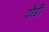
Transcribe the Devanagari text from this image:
दौड़ीं